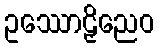
ဥဿောဠှိညေဝ